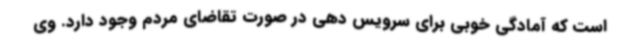
است که آمادگی خوبی برای سرویس دهی در صورت تقاضای مردم وجود دارد. وی